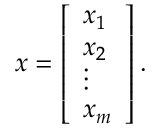
{ \boldsymbol { x } } = { \left[ \begin{array} { l } { x _ { 1 } } \\ { x _ { 2 } } \\ { \vdots } \\ { x _ { m } } \end{array} \right] } \, .